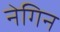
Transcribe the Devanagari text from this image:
नेगिन